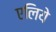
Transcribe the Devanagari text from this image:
एलिये